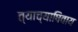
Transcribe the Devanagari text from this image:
त्याच्याषिवाय